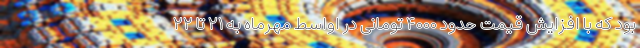
بود که با افزایش قیمت حدود ۴۰۰۰ تومانی در اواسط مهرماه به ۲۱ تا ۲۲